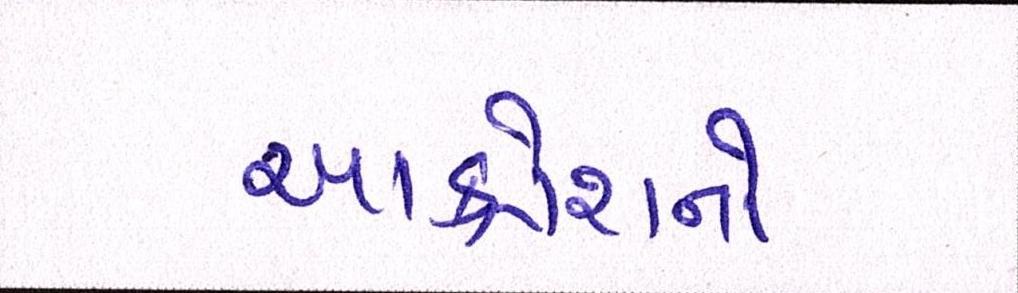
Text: આક્રોશનો